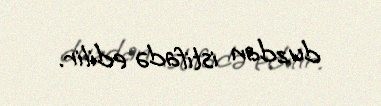
duzdan istifadə edilir.